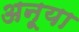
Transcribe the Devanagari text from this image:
अनूया